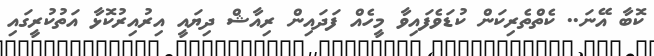
ކޮބާ އޭނަ.. ކެތްތެރިކަން ކުޑަވެފައިވާ މީހެއް ފަދައިން ރިއާޝް ދިޔައީ އިރުއިރުކޮޅާ އަތުކުރީގައި